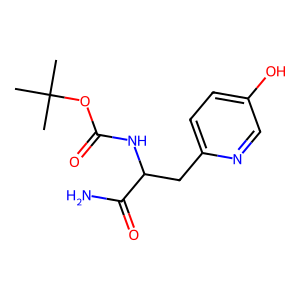
SMILES: CC(C)(C)OC(=O)NC(Cc1ccc(O)cn1)C(N)=O
Inhibits HIV replication: No